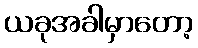
ယခုအခါမှာတော့